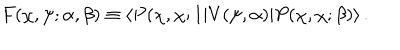
F ( \chi , \psi ; \alpha , \beta ) \equiv \langle P ( \chi , \chi ; 1 | V ( \psi , \alpha ) | P ( \chi , \chi ; \beta ) \rangle \, .